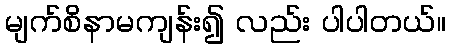
မျက်စိနာမကျန်း၍ လည်း ပါပါတယ်။